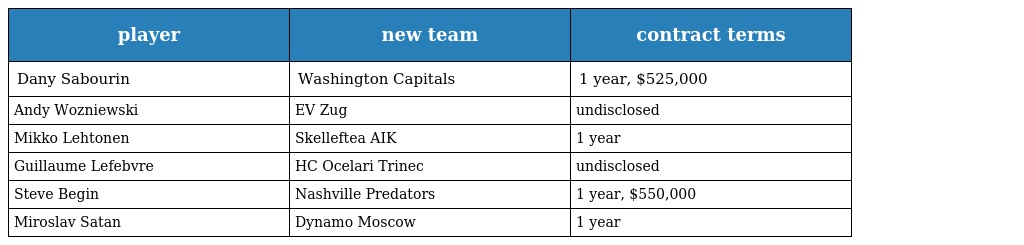
| player | new team | contract terms |
 | --- | --- | --- |
 | Dany Sabourin | Washington Capitals | 1 year, $525,000 |
 | Andy Wozniewski | EV Zug | undisclosed |
 | Mikko Lehtonen | Skelleftea AIK | 1 year |
 | Guillaume Lefebvre | HC Ocelari Trinec | undisclosed |
 | Steve Begin | Nashville Predators | 1 year, $550,000 |
 | Miroslav Satan | Dynamo Moscow | 1 year |